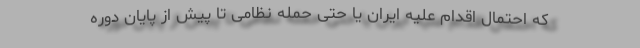
که احتمال اقدام علیه ایران یا حتی حمله نظامی تا پیش از پایان دوره